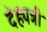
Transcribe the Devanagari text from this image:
देह्यत्री